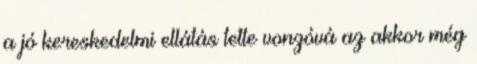
a jó kereskedelmi ellátás tette vonzóvá az akkor még